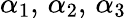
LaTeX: \alpha_{1},\, \alpha_{2},\, \alpha_{3}